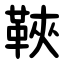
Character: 䩡